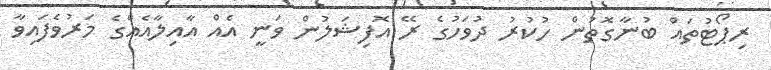
ރިޕޯޓުތައް ބުނާގޮތުން ހުކުރު ދުވަހުގެ ރޭ އޮފިޝަލުން ވަނީ އެއް އާއިލާއެއްގެ މަރުވެފައިވާ